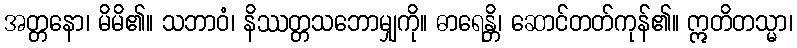
အတ္တနော၊ မိမိ၏။ သဘာဝံ၊ နိဿတ္တသဘောမျှကို။ ဓာရေန္တိ၊ ဆောင်တတ်ကုန်၏။ ဣတိတသ္မာ၊